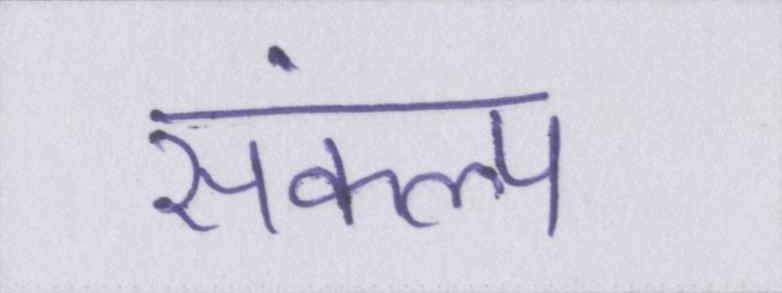
संकल्प